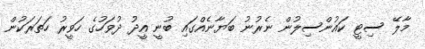
މާލޭ ސިޓީ ކައުންސިލުން ނެރުނު ބަޔާނެއްގައި ބުނީ އީދު ދުވަހުގެ ހަވީރު ހަތަރަކުން